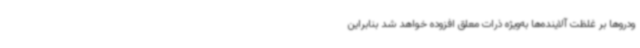
ودروها بر غلظت آلاینده‌ها به‌ویژه ذرات معلق افزوده خواهد شد بنابراین